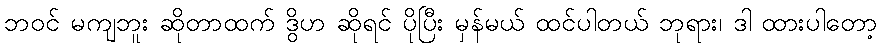
ဘဝင် မကျဘူး ဆိုတာထက် ဒွိဟ ဆိုရင် ပိုပြီး မှန်မယ် ထင်ပါတယ် ဘုရား၊ ဒါ ထားပါတော့